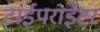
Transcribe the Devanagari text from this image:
टाईपराईटर